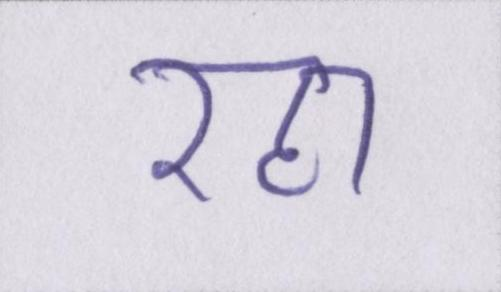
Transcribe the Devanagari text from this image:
रहा